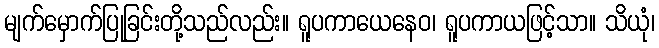
မျက်မှောက်ပြုခြင်းတို့သည်လည်း။ ရူပကာယေနေဝ၊ ရူပကာယဖြင့်သာ။ သိယုံ၊